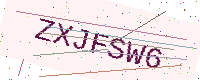
Text: ZXJFSW6